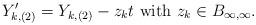
LaTeX: \begin{align*}Y'_{k,(2)}=Y_{k,(2)}- z_{k}t \mbox{ with } z_k\in B_{\infty,\infty}.\end{align*}